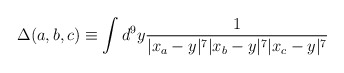
\begin{align*}\Delta(a,b,c) \equiv\int d^9 y {1\over |x_a-y|^7 |x_b -y|^7|x_c-y|^7}\end{align*}